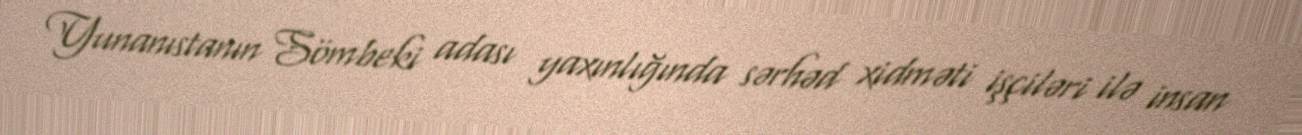
Yunanıstanın Sömbeki adası yaxınlığında sərhəd xidməti işçiləri ilə insan